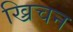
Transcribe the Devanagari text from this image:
ख्रिचन